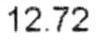
12.72